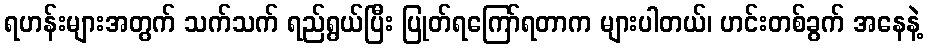
ရဟန်းများအတွက် သက်သက် ရည်ရွယ်ပြီး ပြုတ်ရကြော်ရတာက များပါတယ်၊ ဟင်းတစ်ခွက် အနေနဲ့